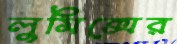
লুমিক্সের